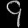
Digit: ၄